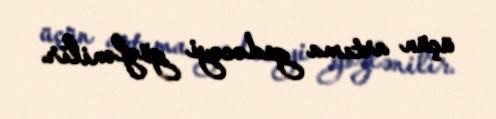
üçün artıma gedəcəyi gözlənilir.